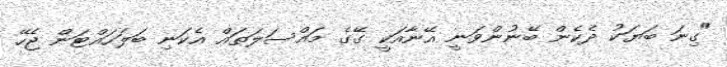
"ގިނަ ބަޔަކު ދެކެން ބޭނުންވަނީ އޭނާއަކީ ގޭގެ މައްސަލަތައް އެކަނި ބަަލަހައްޓަން ޖެހޭ